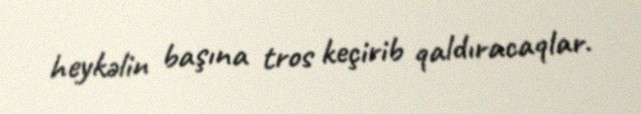
heykəlin başına tros keçirib qaldıracaqlar.